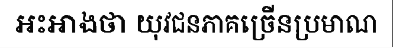
អះអាងថា យុវជនភាគច្រើនប្រមាណ